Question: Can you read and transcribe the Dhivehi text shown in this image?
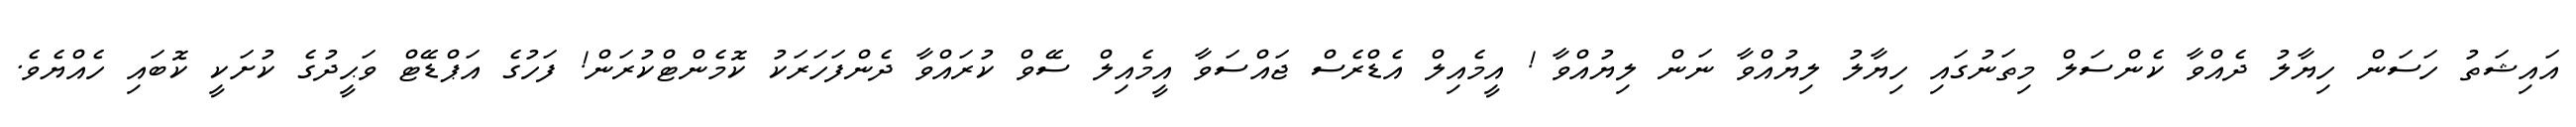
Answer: އައިޝަތު ހަސަން ހިޔާލު ދެއްވާ ކެންސަލް މިތަނުގައި ހިޔާލު ލިޔުއްވާ ނަން ލިޔުއްވާ ! އީމެއިލް އެޑްރެސް ޖައްސަވާ އީމެއިލް ސޭވް ކުރައްވާ ދެންފަހަރަކު ކޮމެންޓްކުރަން! ފަހުގެ އަޕްޑޭޓް ވަޙީދުގެ ކުށަކީ ކޮބައި ހެއްޔެވެ.